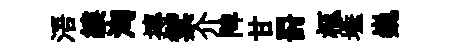
浯縷洶摶禦介陴甘罸柩埵巍